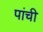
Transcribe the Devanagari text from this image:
पांची